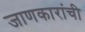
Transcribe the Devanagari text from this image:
जाणकारांची